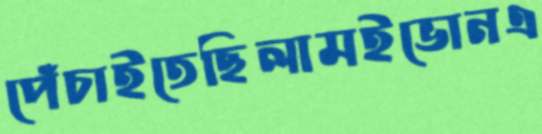
পেঁচাইতেছিলামইভোনএ